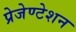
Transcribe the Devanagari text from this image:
प्रेजेण्टेशन